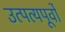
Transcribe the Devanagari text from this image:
उत्पत्यपूर्वो